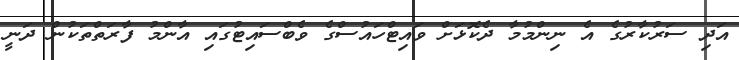
އަދި ސަރުކާރުގެ އެ ނިންމުމާ ދެކޮޅަށް ވައިޓްހައުސްގެ ވެބްސައިޓުގައި އާންމު ފާރަތްތަކުން ދަނީ